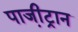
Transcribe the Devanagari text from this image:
पाजी़ट्रान